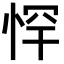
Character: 𭝃